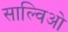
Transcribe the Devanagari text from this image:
साल्विओ